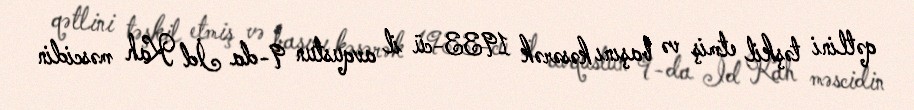
qətlini təşkil etmiş və başını kəsərək 1933-cü il avqustun 9-da İd Kah məscidin